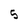
Character: 5